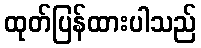
ထုတ်ပြန်ထားပါသည်